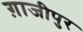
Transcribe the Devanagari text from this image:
ग़ाजीपुर